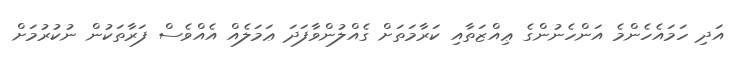
އަދި ހަމައެހެންމެ އަންހެނުންގެ ޢިއްޒަތާއި ކަރާމަތަށް ގެއްލުންވާފަދަ ޢަމަލެއް އެއްވެސް ފަރާތަކުން ނުކުރުމަށް